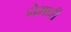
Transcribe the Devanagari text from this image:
नेमावी